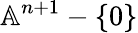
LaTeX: \mathbb{A}^{n+1}-\{ 0\}